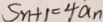
S _ { n + 1 } = 4 a _ { n }